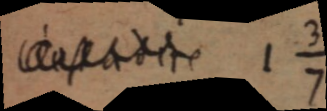
[au pire] 1 ³⁄₇